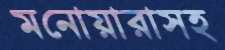
মনোয়ারাসহ